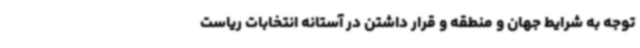
توجه به شرایط جهان و منطقه و قرار داشتن در آستانه انتخابات ریاست